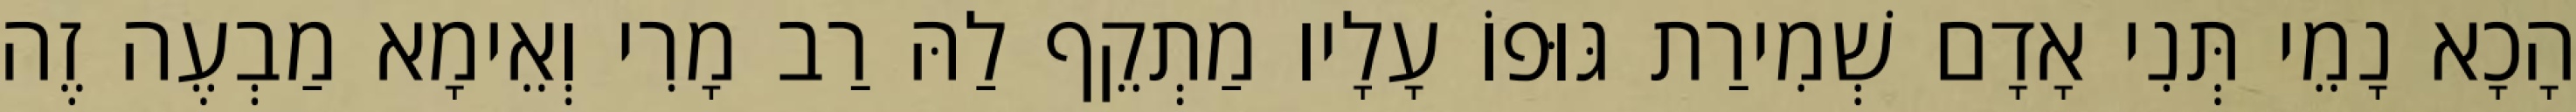
הָכָא נָמֵי תְּנִי אָדָם שְׁמִירַת גּוּפוֹ עָלָיו מַתְקֵף לַהּ רַב מָרִי וְאֵימָא מַבְעֶה זֶה